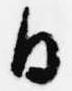
日